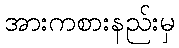
အားကစားနည်းမှ